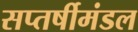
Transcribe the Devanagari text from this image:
सप्तर्षीमंडल